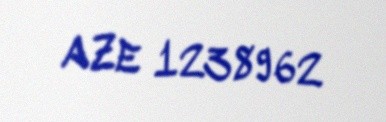
AZE 1238962